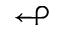
\looparrowleft